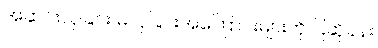
အဆင်းလှခြင်း မလှခြင်းအကြောင်းများကို ပြဆိုခန်း